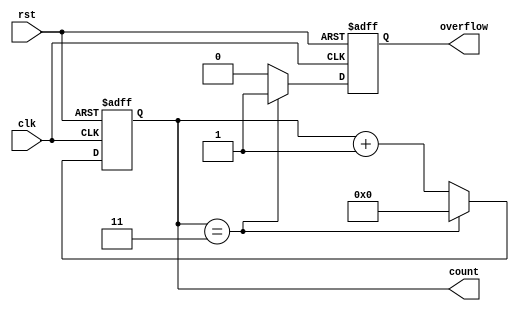
module divide_by_n_counter #(
    parameter N = 4  // Parameter to define the divide value (N)
)(
    input wire clk,   // Clock signal
    input wire rst,   // Asynchronous reset signal
    output reg [N-1:0] count, // Binary output representing the current count
    output reg overflow // Output signal that goes high when count reaches N
);

    // Always block for synchronous logic
    always @(posedge clk or posedge rst) begin
        if (rst) begin
            count <= 0;       // Reset count to zero
            overflow <= 0;    // Reset overflow signal
        end else begin
            if (count == N-1) begin
                count <= 0;   // Reset count to zero when it reaches N
                overflow <= 1; // Assert overflow signal
            end else begin
                count <= count + 1; // Increment count
                overflow <= 0; // Deassert overflow signal
            end
        end
    end

endmodule